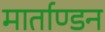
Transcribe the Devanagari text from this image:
मार्ताण्डन